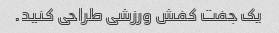
یک جفت کفش ورزشی طراحی کنید.